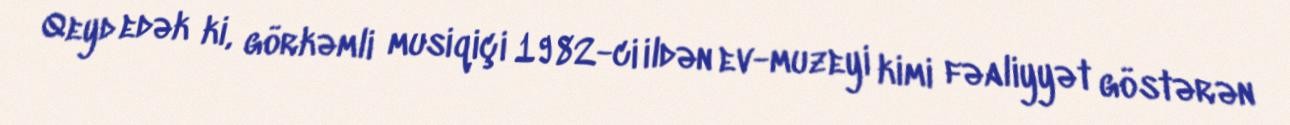
Qeyd edək ki, görkəmli musiqiçi 1982-ci ildən ev-muzeyi kimi fəaliyyət göstərən